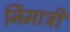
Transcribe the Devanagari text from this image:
र्निमात्री